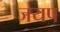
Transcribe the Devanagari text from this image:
जयप